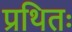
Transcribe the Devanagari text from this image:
प्रथितः